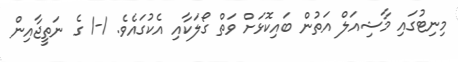
މިނިޓުގައި މާޝިއަލް އަތުން ބައިކޮޅަށް ވަތް ގޯލަކާއި އެކުގައެވެ. 1-1 ގެ ނަތީޖާއިން